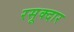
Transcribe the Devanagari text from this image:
रसूक्दार